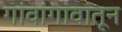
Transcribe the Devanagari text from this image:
गांवांगांवांतून